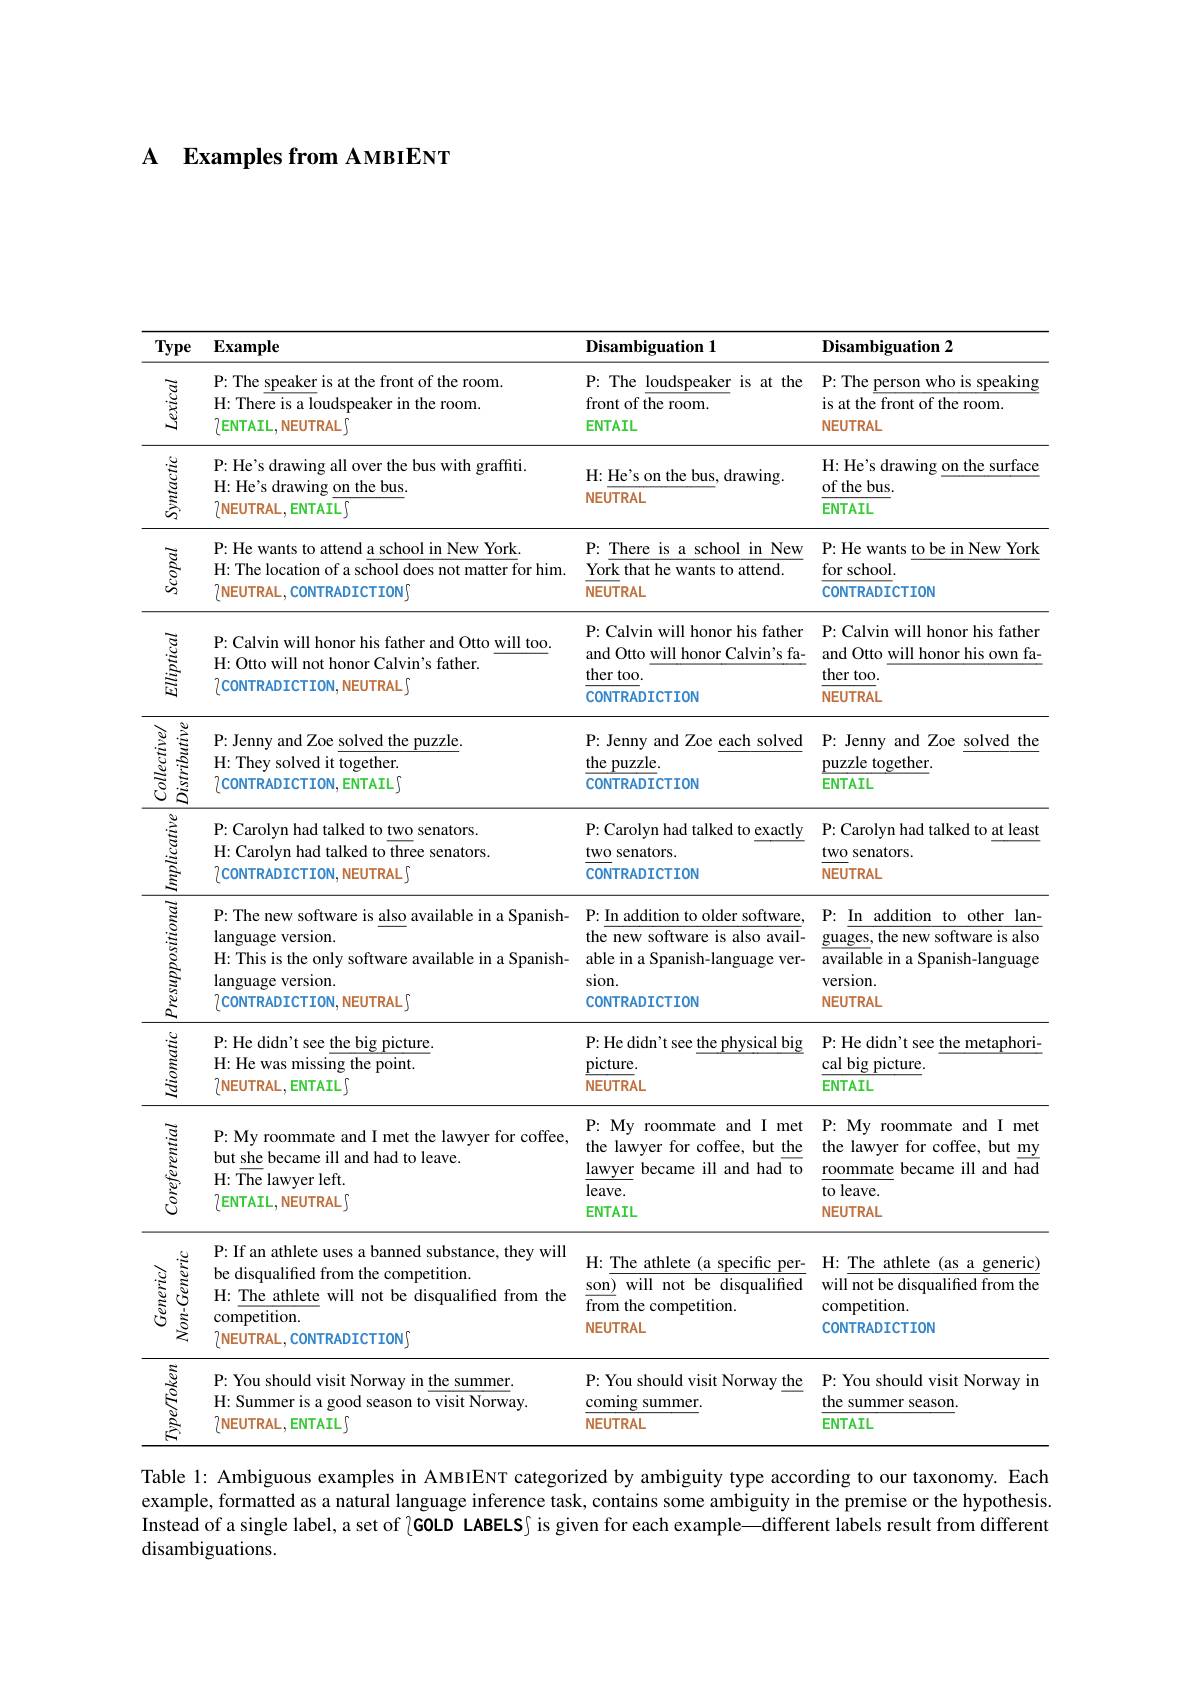
$\textbf{A}$ $\textbf{Examples from AMBIENT}$

<table>
	<tbody>
		<tr>
			<th>Type</th>
			<th>$\mathbf{Example}$</th>
			<th>Disambiguation 1</th>
			<th>Disambiguation 2</th>
		</tr>
		<tr>
			<td></td>
			<td>P: The speaker is at the front of the room. H: There is a loudspeaker in the room. $7ENTAIL,NEUTRAL$</td>
			<td>P: The loudspeaker is at the front of the room. ENTAIL</td>
			<td>P: The person who is speaking is at the front of the room. NEUTRAL</td>
		</tr>
		<tr>
			<td></td>
			<td>P: He's drawing all over the bus with graffiti. H: He's drawing on the bus. $\{\mathsf{NEUTRAL},\mathsf{ENTAIL}\}$</td>
			<td>H: He's on the bus, drawing. NEUTRAL</td>
			<td>H: He's drawing on the surface of the bus. ENTAIL</td>
		</tr>
		<tr>
			<td></td>
			<td>P: He wants to attend a school in New York H: The location of a school does not matter for him. $7NEUTRAL,CONTRADICTION$</td>
			<td>P: There is a school in New York that he wants to attend. NEUTRAL</td>
			<td>P: He wants to be in New York for school. CONTRADICTION</td>
		</tr>
		<tr>
			<td>$\sum_{k=1}^{n-k}$</td>
			<td>P: Calvin will honor his father and Otto will too H: Otto will not honor Calvin's father. $\{CONTRADICTION,NEUTRAL\}$</td>
			<td>P: Calvin will honor his father and Otto will honor Calvin's fa- ther too. CONTRADICTION</td>
			<td>P: Calvin will honor his father and Otto will honor his own fa ther too. NEUTRAL</td>
		</tr>
		<tr>
			<td>stributive collectiver</td>
			<td>P: Jenny and Zoe solved the puzzle. H: They solved it together. $7conTRADICTION,ENTAIL$</td>
			<td>P: Jenny and Zoe each solved the puzzle. CONTRADICTION</td>
			<td>P: Jenny and $\textbf{f Zoe solved}$ 1 the puzzle together. ENTAIL</td>
		</tr>
		<tr>
			<td></td>
			<td>P: Carolyn had talked to two senators. H: Carolyn had talked to three senators. 7 CONTRADICTION, NEUTRAL[</td>
			<td>P: Carolyn had talked to exactly two senators. CONTRADICTION</td>
			<td>P: Carolyn had talked to at least two senators. NEUTRAL</td>
		</tr>
		<tr>
			<td>Presuppositional</td>
			<td>P: The new software is also available in a Spanish- language version. H: This is the only software available in a Spanish- language version. $\{CONTRADICTION,NEUTRAL\}$</td>
			<td>P: In addition to older software the new software is also avail- able in a Spanish-language ver- sion. CONTRADICTION</td>
			<td>P: In addition to other lan guages, the new software is also available in a Spanish-language version. NEUTRAL</td>
		</tr>
		<tr>
			<td>Idiomatic</td>
			<td>P: He didn't see the big picture. H: He was missing the point. $\{\mathsf{NEUTRAL},\mathsf{ENTAIL}\}$</td>
			<td>P: He didn' t see the physical big picture. NEUTRAL</td>
			<td>P: He didn't see the metaphori- cal big picture. ENTAIL</td>
		</tr>
		<tr>
			<td>Coreferential</td>
			<td>P: My roommate and I met the lawyer for coffee, but she became ill and had to leave. H: The lawyer left. $\{ENTAIL,NEUTRAL\}$</td>
			<td>$P:My$ roommate and I met the lawyer for coffee, but the lawyer became ill and had to $leave.$ ENTAIL</td>
			<td>$P:My$ roommate and I met the lawyer for coffee, but t my roommate became ill and had to leave. NEUTRAL</td>
		</tr>
		<tr>
			<td>$Non-Generic$ $Generic/$</td>
			<td>P: If an athlete uses a banned substance, they will be disqualified from the competition. H: The athlete will not be disqualified from the competition. $7NEUTRAL.CONTRADICTIONS$</td>
			<td>H: The athlete (a specific per- son) will not be disqualified from the competition. NEUTRAL</td>
			<td>H: The athlete (as a generic) will not be disqualified from the competition. CONTRADICTION</td>
		</tr>
		<tr>
			<td></td>
			<td>$(10-c)$ 一 11011 P: You should visit Norway in the summer. H: Summer is a good season to visit Norway. $7NEUTRAL,ENTAIL$</td>
			<td>P: You should visit Norway the coming summer. NEUTRAL</td>
			<td>P: You should visit Norway 111 the summer season. ENTAIL</td>
		</tr>
	</tbody>
</table>
Table l: Ambiguous examples in AMBIENT categorized by ambiguity type according to our taxonomy. Each

example, formatted as a natural language inference task, contains some ambiguity in the premise or the hypothesis. Instead of a single label, a set of ( GOLD LABELS js given for each example—different labels result from different disambiguations.